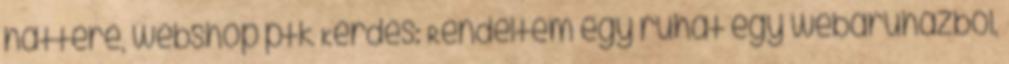
háttere, webshop ptk Kérdés: Rendeltem egy ruhát egy webáruházból,